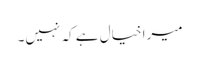
میرا خیال ہے کہ نہیں۔